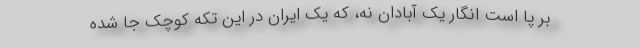
بر ‌پا است انگار یک آبادان نه، که یک ایران در این تکه کوچک جا شده‌